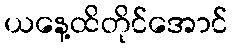
ယနေ့ထိတိုင်အောင်